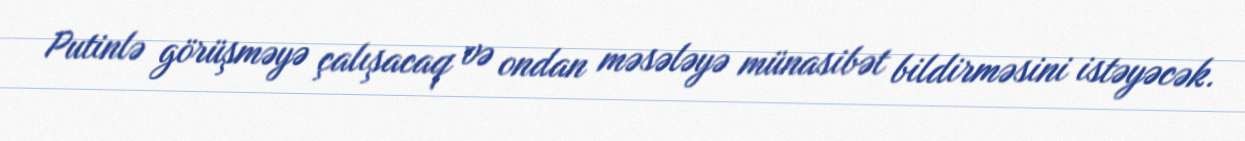
Putinlə görüşməyə çalışacaq və ondan məsələyə münasibət bildirməsini istəyəcək.